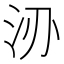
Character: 𱥻